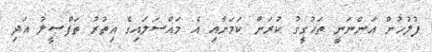
ފުލުހުން އަންނަނީ ތަހުގީގު ކުރަން ކަމަށާއި އެ މައްސަލައިގެ އިތުރު ތަފްސީލު އަދި